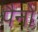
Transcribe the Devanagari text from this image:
पैनों